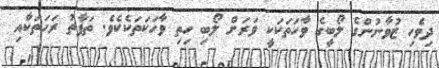
ދިވެހި ޒުވާނުންގެ ލޯބީގެ ވާހަތަކަކީ ވަރަށް ލޯބި ހިތި ވާހަކަތަކެކެވެ. ތަފާތު ރަހަތަކާއި